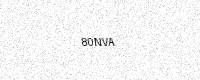
Text: 80NVA